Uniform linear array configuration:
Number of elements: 12
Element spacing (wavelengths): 0.5
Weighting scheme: hamming
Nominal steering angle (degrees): -60
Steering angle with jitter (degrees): -61.535
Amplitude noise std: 0.05
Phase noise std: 0.05

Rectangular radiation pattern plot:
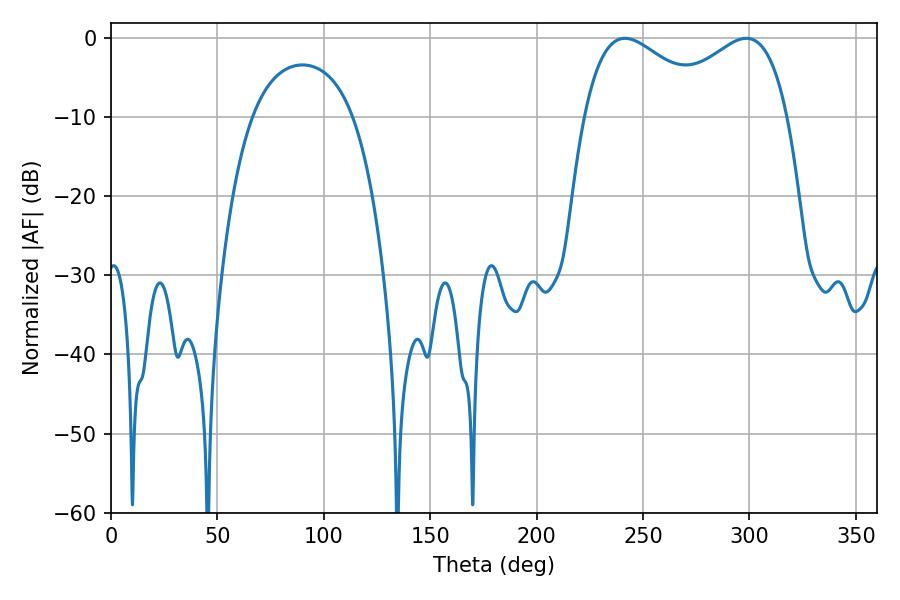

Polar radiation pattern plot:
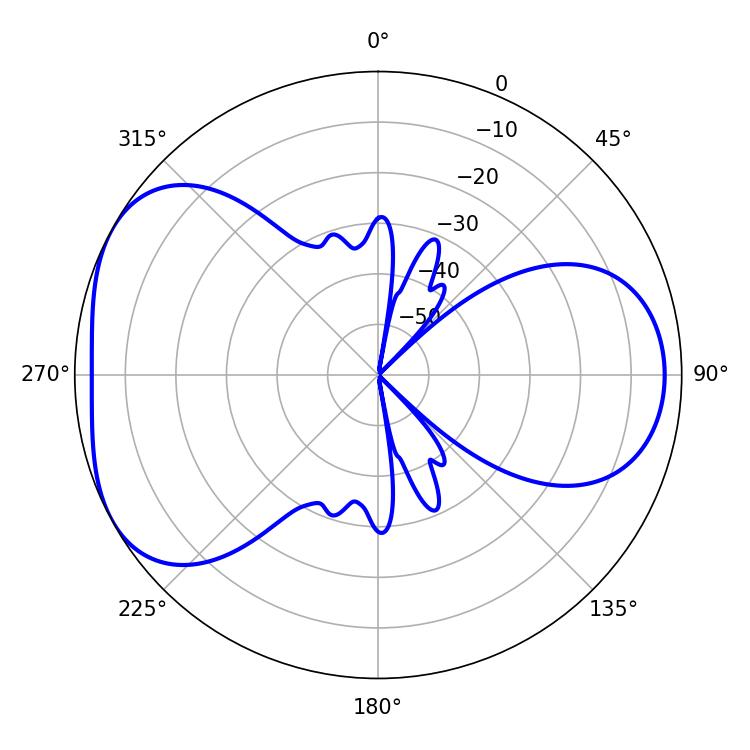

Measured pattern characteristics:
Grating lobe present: FALSE
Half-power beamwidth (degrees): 33.48
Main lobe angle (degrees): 241.56